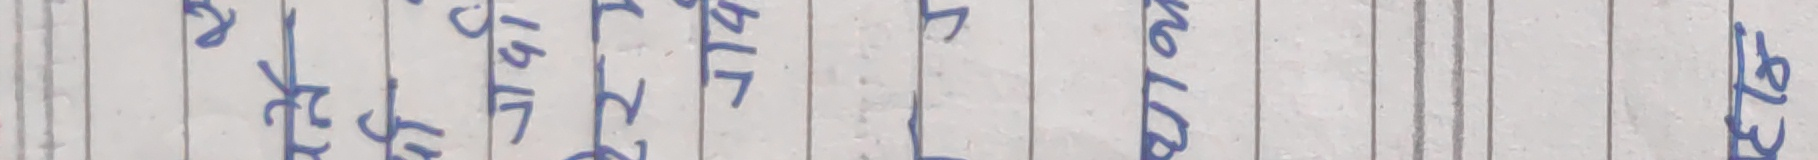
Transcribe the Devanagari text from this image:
आरेक १४७ २ ब्लट न्ठठट